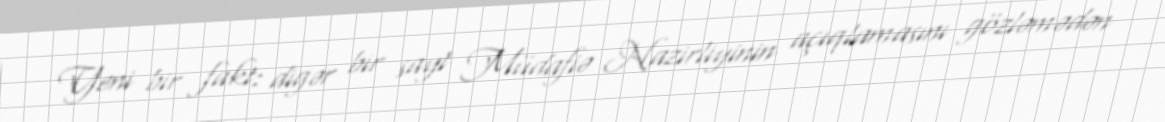
Yeni bir fakt: digər bir sayt Müdafiə Nazirliyinin açıqlamasını gözləmədən